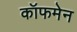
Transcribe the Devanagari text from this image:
कॉफमेन